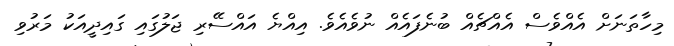
މިހާތަނަށް އެއްވެސް އެއްޗެއް ބުނެފައެއް ނުވެއެވެ. އިއްޔެ އައްސޭރި ޖަލުގައި ގައިދީއަކު މަރުވި